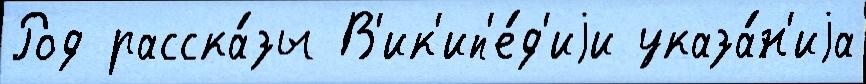
Род расска́зы В'ик'ип'е́д'иjи указа́н'иjа